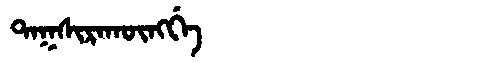
Manchu: ᡨᠠᡴᠰᡳᡵᠠᡴᡡᠩᡤᡝ
Romanization: TAKSIRAKŪNGGE